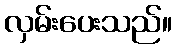
လှမ်းပေးသည်။